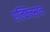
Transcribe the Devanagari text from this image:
एल्फिन्‍स्टन